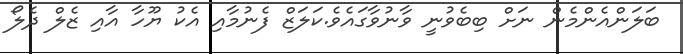
ބަލަންއެންމެން ނަށް ބިބެވުނީ ވާނުވާގައެވެ.ކަލަޒް ފެނުމާއި އެކު ޔޫހާ އާއި ޒެލް ދެލޯ